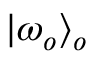
| \omega _ { o } \rangle _ { o }